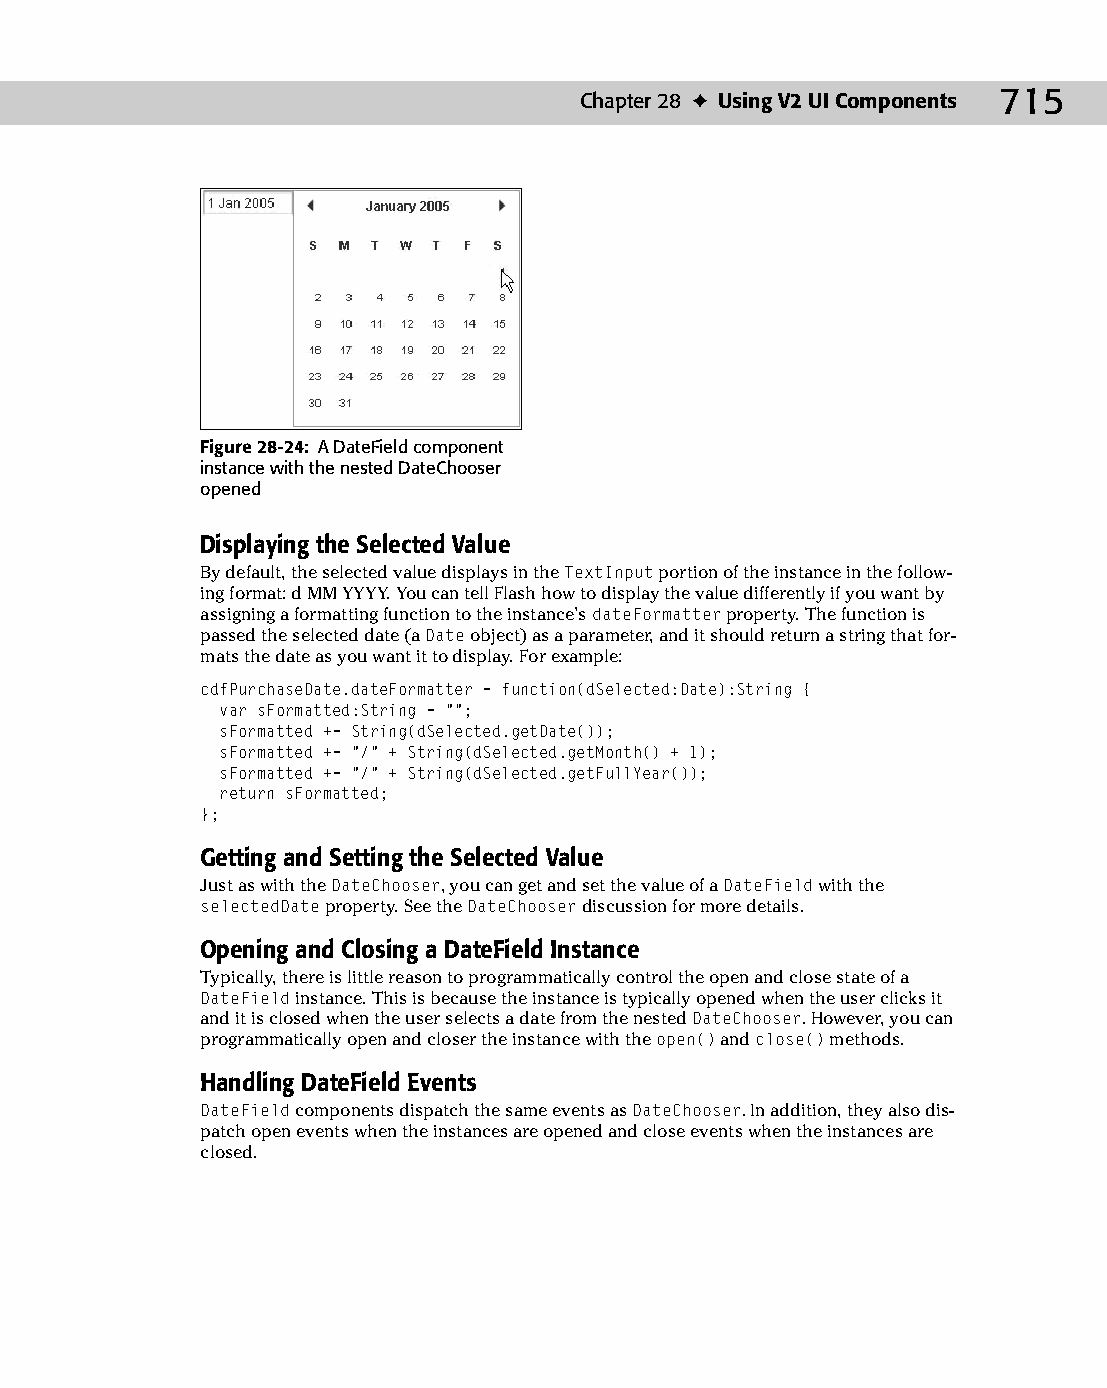
37 543547 ch28.qxd 3/24/04 4:08 PM Page 715
 Chapter 28 ✦ Using V2 UI Components 715
 Figure 28-24: A DateField component
 instance with the nested DateChooser
 opened
 Displaying the Selected Value
 By default, the selected value displays in the TextInput portion of the instance in the follow­
 ing format: d MM YYYY. You can tell Flash how to display the value differently if you want by
 assigning a formatting function to the instance’s dateFormatter property. The function is
 passed the selected date (a Date object) as a parameter, and it should return a string that for­
 mats the date as you want it to display. For example:
 cdfPurchaseDate.dateFormatter = function(dSelected:Date):String {
 var sFormatted:String = “”;
 sFormatted += String(dSelected.getDate());
 sFormatted += “/” + String(dSelected.getMonth() + 1);
 sFormatted += “/” + String(dSelected.getFullYear());
 return sFormatted;
 };
 Getting and Setting the Selected Value
 Just as with the DateChooser, you can get and set the value of a DateField with the
 selectedDate property. See the DateChooser discussion for more details.
 Opening and Closing a DateField Instance
 Typically, there is little reason to programmatically control the open and close state of a
 DateField instance. This is because the instance is typically opened when the user clicks it
 and it is closed when the user selects a date from the nested DateChooser. However, you can
 programmatically open and closer the instance with the open() and close() methods.
 Handling DateField Events
 DateField components dispatch the same events as DateChooser. In addition, they also dis­
 patch open events when the instances are opened and close events when the instances are
 closed.